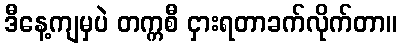
ဒီနေ့ကျမှပဲ တက္ကစီ ငှားရတာခက်လိုက်တာ။